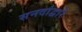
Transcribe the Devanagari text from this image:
सनदांद्वारे